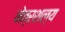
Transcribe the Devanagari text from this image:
नेत्रशल्य